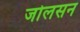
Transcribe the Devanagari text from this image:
जोलसन